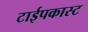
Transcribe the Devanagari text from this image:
टाईपकास्ट